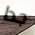
جدا